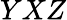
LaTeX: YXZ